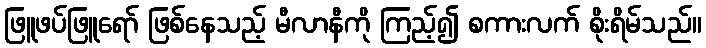
ဖြူဖပ်ဖြူရော် ဖြစ်နေသည့် မီလာနီကို ကြည့်၍ စကားလက် စိုးရိမ်သည်။